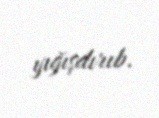
yığışdırıb.